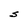
Character: S